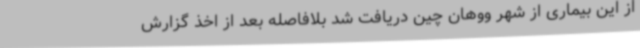
از این بیماری از شهر ووهان چین دریافت شد بلافاصله بعد از اخذ گزارش